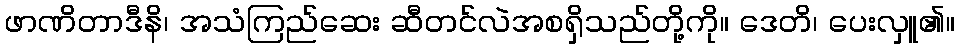
ဖာဏိတာဒီနိ၊ အသံကြည်ဆေး ဆီတင်လဲအစရှိသည်တို့ကို။ ဒေတိ၊ ပေးလှူ၏။